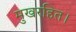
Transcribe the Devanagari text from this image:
मुखरहित।